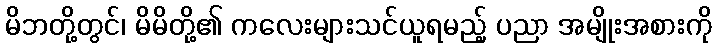
မိဘတို့တွင်၊ မိမိတို့၏ ကလေးများသင်ယူရမည့် ပညာ အမျိုးအစားကို